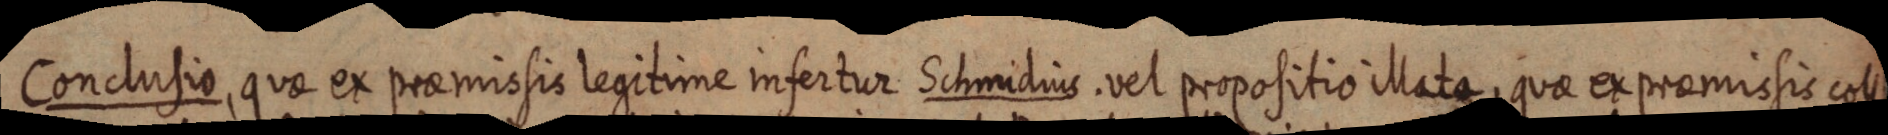
Conclusio, quae ex praemissis legitime infertur Schmidius. vel propositio illata, quae ex praemissis coll